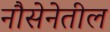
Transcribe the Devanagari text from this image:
नौसेनेतील